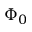
\Phi _ { 0 }